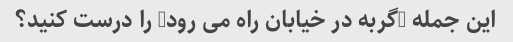
این جمله "گربه در خیابان راه می رود" را درست کنید؟